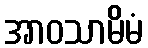
အာဝသာမိမံ